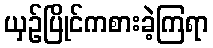
ယှဉ်ပြိုင်ကစားခဲ့ကြရာ